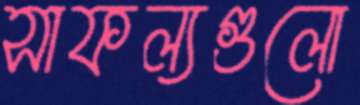
সাফল্যগুলো